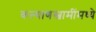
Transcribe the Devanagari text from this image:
कल्याणस्वामींमध्ये